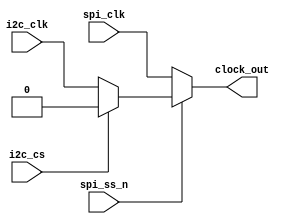
module clock_mux(
  spi_clk,
  spi_ss_n,
  i2c_clk,
  i2c_cs,
  clock_out
);

  input spi_clk;
  input spi_ss_n;
  input i2c_clk;
  input i2c_cs;

  output wire clock_out;

  assign clock_out = (spi_ss_n == 0)? spi_clk :  // SPI is enabled
					((i2c_cs == 0)? i2c_clk : 0);  // I2C is enabled, otherwise ground the clock

endmodule